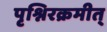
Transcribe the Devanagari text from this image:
पृश्निरक्रमीत्